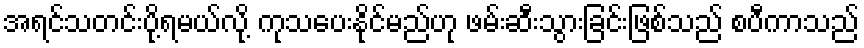
အရင်သတင်းပို့ရမယ်လို့ ကုသပေးနိုင်မည်ဟု ဖမ်းဆီးသွားခြင်းဖြစ်သည် စပီကာသည်